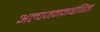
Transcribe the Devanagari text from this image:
अल्पजननग्रंथिता